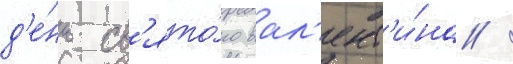
д'е́нь св'ято́го вал'ент'и́на /